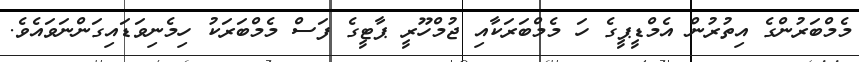
މެމްބަރުންގެ އިތުރުން އެމްޑީޕީގެ ހަ މެމްބަރަކާއި ޖުމްހޫރީ ޕާޓީގެ ފަސް މެމްބަރަކު ހިމެނިވަޑައިގަންނަވައެވެ.